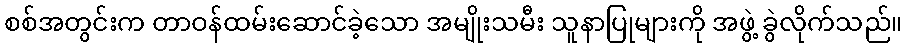
စစ်အတွင်းက တာဝန်ထမ်းဆောင်ခဲ့သော အမျိုးသမီး သူနာပြုများကို အဖွဲ့ ခွဲလိုက်သည်။